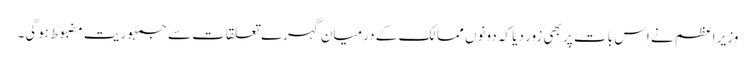
وزیر اعظم نے اس بات پر بھی زور دیا کہ دونوں ممالک کے درمیان گہرے تعلقات سے جمہوریت مضبوط ہوگی۔